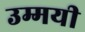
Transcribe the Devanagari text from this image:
उम्मयी